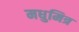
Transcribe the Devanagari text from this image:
मधुमित्र